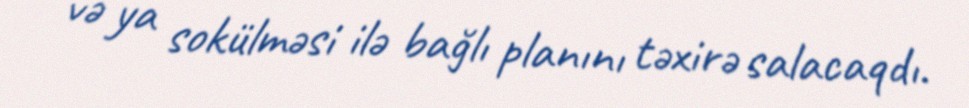
və ya sokülməsi ilə bağlı planını təxirə salacaqdı.